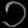
Digit: ၁